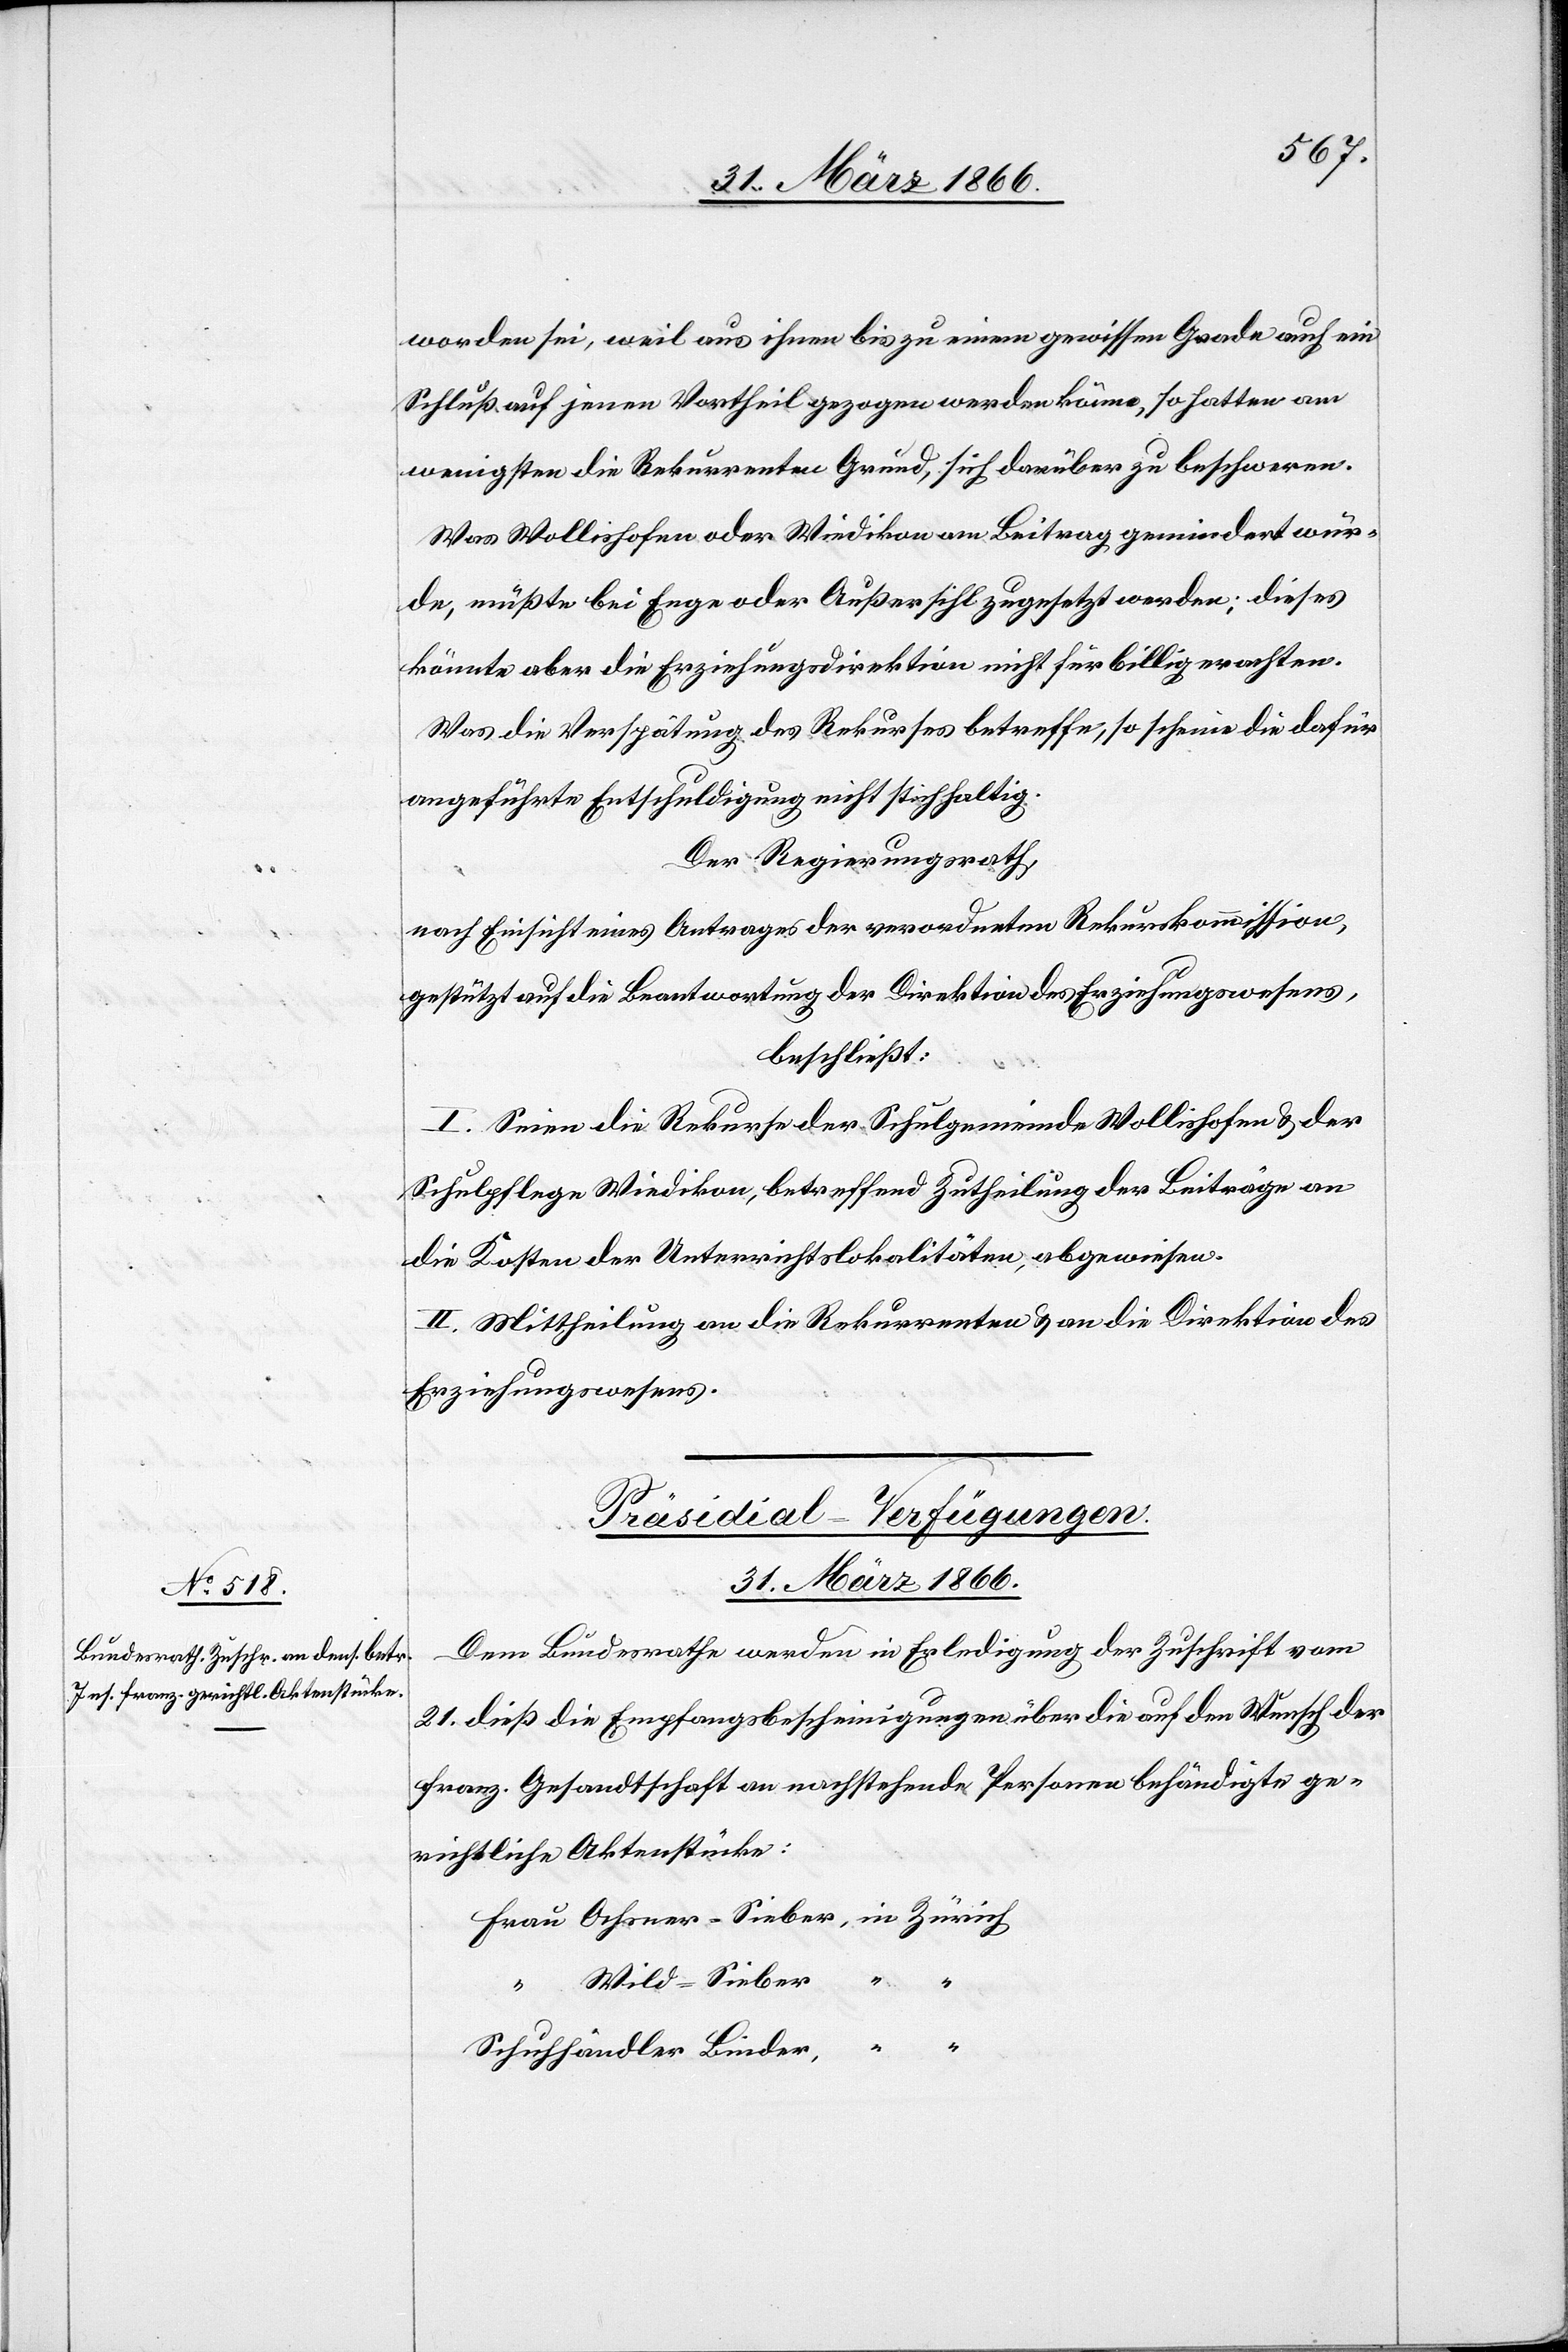
worden sei, weil aus ihnen bis zu einem gewissen Grade auch ein
Schluß auf jenen Vortheil gezogen werden könne, so hatten am
wenigsten die Rekurrenten Grund, sich darüber zu beschweren.
Was Wollishofen oder Wiedikon am Beitrag gemindert wür¬
de, müßte bei Enge oder Außersihl zugesetzt werden; dieses
könnte aber die Erziehungsdirektion nicht für billig erachten.
Was die Verspätung des Rekurses betreffe, so scheine die dafür
angeführte Entschuldigung nicht stichhaltig.
Der Regierungsrath,
nach Einsicht eines Antrages der verordneten Rekurskommission,
gestützt auf die Beantwortung der Direktion des Erziehungswesens,
beschließt:
I. Seien die Rekurse der Schulgemeinde Wollishofen u. der
Schulpflege Wiedikon, betreffend Zutheilung der Beiträge an
die Kosten der Unterrichtslokalitäten, abgewiesen.
II. Mittheilung an die Rekurrenten u. an die Direktion des
Erziehungswesens.
Präsidial-Verfügungen.
31. März 1866.
Dem Bundesrathe werden in Erledigung der Zuschrift vom
21. dieß die Empfangsbescheinigungen über die auf den Wunsch der
franz. Gesandtschaft an nachstehende Personen behändigte ge¬
richtliche Aktenstücke:
Schuhhändler Linder,